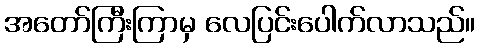
အတော်ကြီးကြာမှ လေပြင်းပေါက်လာသည်။